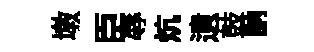
墩臣辱炕遺鼓訥